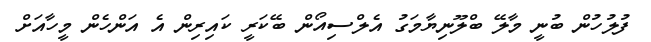
ފުލުހުން ބުނީ މާލޭ ބްލޫނިޔާމަގު އެލްސިއޯން ބޭކަރީ ކައިރިން އެ އަންހެން މީހާއަށް